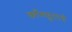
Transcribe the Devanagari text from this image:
काँम्प्युटरचे